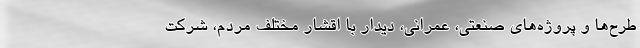
طرح‌ها و پروژه‌های صنعتی، عمرانی، دیدار با اقشار مختلف مردم، شرکت